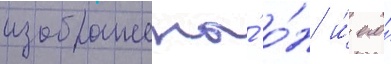
изображены́ о́н и́ его́